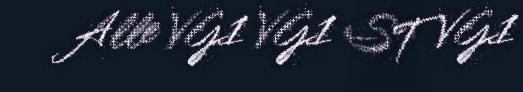
Alle VG1 VG1 ST VG1